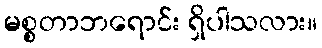
မစ္စတာဘရောင်း ရှိပါသလား။